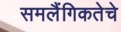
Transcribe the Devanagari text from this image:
समलैंगिकतेचे